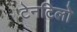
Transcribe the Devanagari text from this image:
टेनटिलो